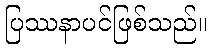
ပြဿနာပင်ဖြစ်သည်။